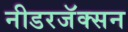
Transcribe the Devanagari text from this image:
नीडरजॅक्सन